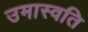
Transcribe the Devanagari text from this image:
उमास्वति